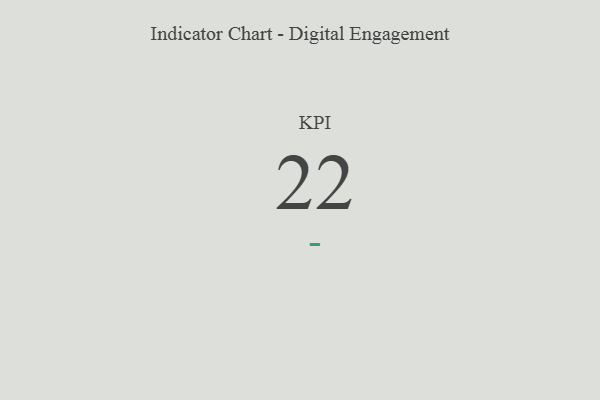
{"axis": {"x": "KPI", "y": "Value"}, "legend": [""], "data": [{"x": "KPI", "y": 22, "type": ""}]}